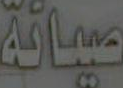
صيانة